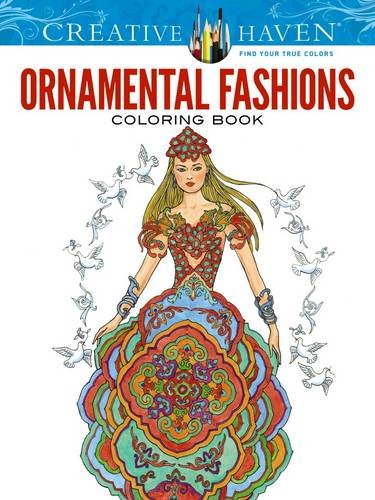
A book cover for Creative Haven Ornamental Fashions Coloring Book (Creative Haven Coloring Books); Ming-Ju Sun; Crafts, Hobbies & Home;